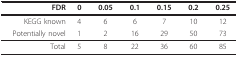
<table><thead><tr><td><b>FDR</b></td><td><b>0</b></td><td><b>0.05</b></td><td><b>0.1</b></td><td><b>0.15</b></td><td><b>0.2</b></td><td><b>0.25</b></td></tr></thead><tbody><tr><td>KEGG known</td><td>4</td><td>6</td><td>6</td><td>7</td><td>10</td><td>12</td></tr><tr><td>Potentially novel</td><td>1</td><td>2</td><td>16</td><td>29</td><td>50</td><td>73</td></tr><tr><td>Total</td><td>5</td><td>8</td><td>22</td><td>36</td><td>60</td><td>85</td></tr></tbody></table>